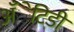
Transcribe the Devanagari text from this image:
अँेटिडी